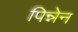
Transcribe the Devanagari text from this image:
पिन्नेन